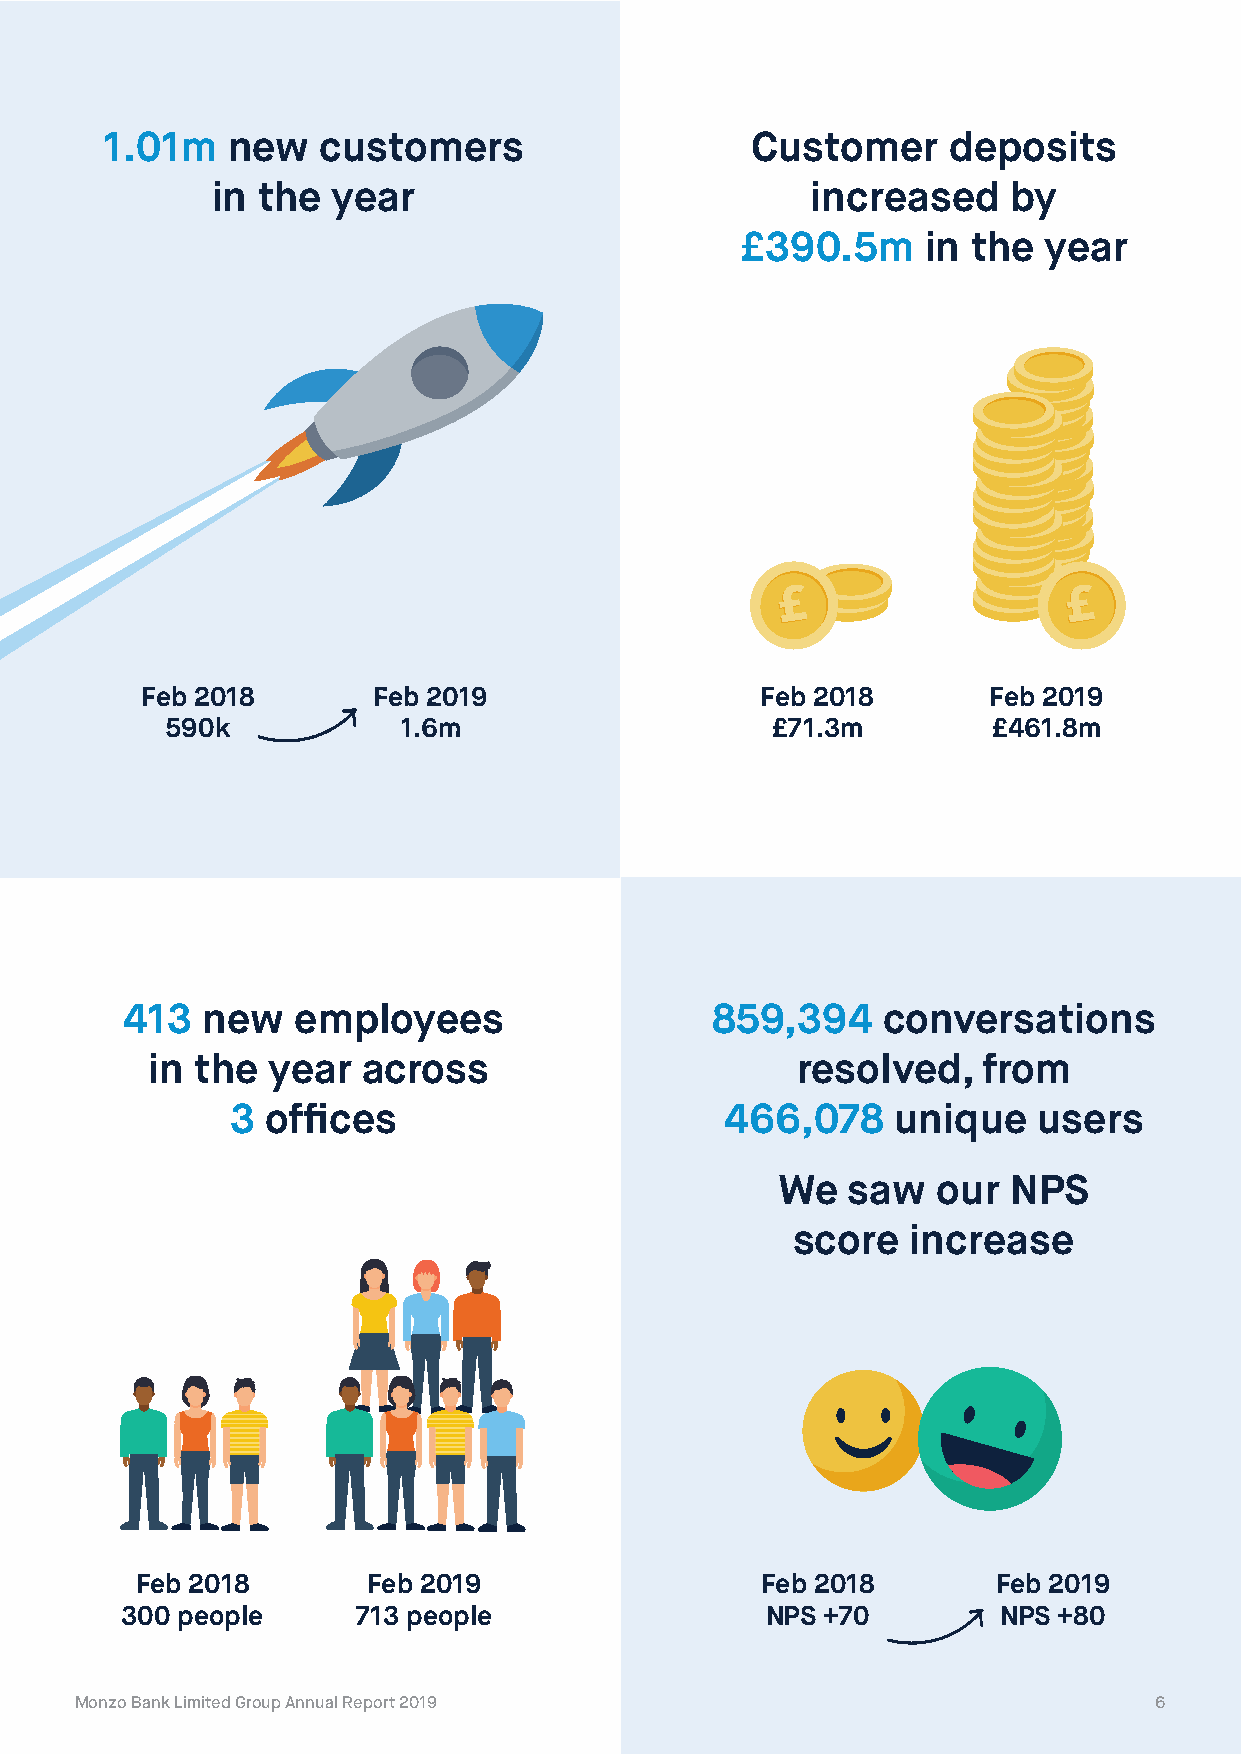
1.01m   new   customers                    Customer     deposits
 in the  year                            increased    by
 £390.5m     in the  year
 ££                 ££
 Feb 2018        Feb 2019                 Feb 2018       Feb 2019
 590k           1.6m                     £71.3m         £461.8m
 413  new   employees                   859,394    conversations
 in the  year  across                       resolved,   from
 3  offices                       466,078    unique    users
 We   saw   our  NPS
 score   increase
 Feb 2018       Feb 2019                  Feb 2018        Feb 2019
 300 people      713 people                 NPS +70        NPS +80
 Monzo Bank Limited Group Annual Report 2019                            6